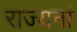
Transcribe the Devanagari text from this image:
राज्यनां